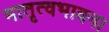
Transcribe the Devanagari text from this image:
मातृत्वभावना